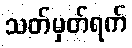
သတ်မှတ်ရက်